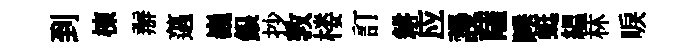
到棟辦薖巍銀抄敦楼訂耕应謾薩睡蜓緼林唳